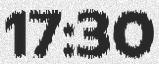
17:30